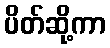
ပိတ်ဆို့ကာ